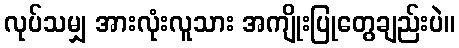
လုပ်သမျှ အားလုံးလူသား အကျိုးပြုတွေချည်းပဲ။